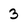
Character: 3